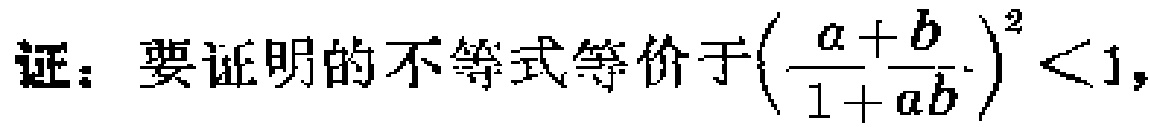
证：要证明的不等式等价于\(\left(\frac{a + b}{1 + ab}\right)^2<1\)，